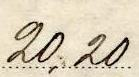
20,20